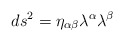
\begin{align*}ds^2 =\eta_{\alpha\beta} \lambda^{\alpha}\lambda^{\beta}\end{align*}